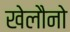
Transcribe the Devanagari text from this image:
खेलौनो